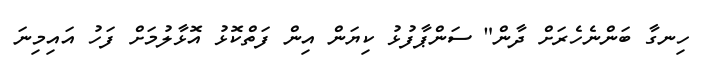
ހިނގާ ބަންނެހެރަށް ދާން" ސަންޕާފުޅު ކިޔަން އިން ފަތްކޮޅު އޮޅާލުމަށް ފަހު އައިމިނަ